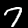
Digit: 7